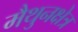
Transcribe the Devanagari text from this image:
मैथुनक्षेत्र